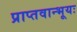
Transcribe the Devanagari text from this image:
प्राप्तवान्भूयः